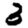
Digit: 3